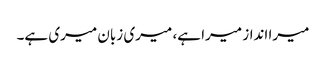
میرا انداز میرا ہے، میری زبان میری ہے۔